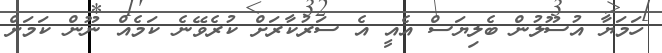
ހަމަޔާ އުސޫލުން ބެލިޔަސް އެއީ އެ ސަރުކާރަށް ކުރެވޭނެ ކަމެއް ނޫން ކަމަށް